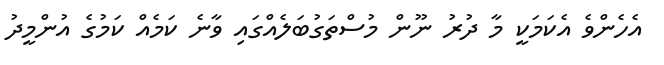
އެހެންވެ އެކަމަކީ މާ ދުރު ނޫން މުސްތަގުބަލެއްގައި ވާނެ ކަމެއް ކަމުގެ އުންމީދު